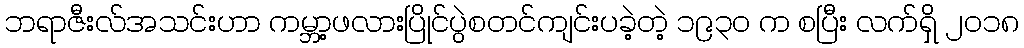
ဘရာဇီးလ်အသင်းဟာ ကမ္ဘာ့ဖလားပြိုင်ပွဲစတင်ကျင်းပခဲ့တဲ့ ၁၉၃၀ က စပြီး လက်ရှိ ၂၀၁၈